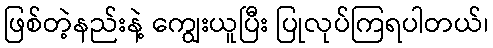
ဖြစ်တဲ့နည်းနဲ့ ကျွေးယူပြီး ပြုလုပ်ကြရပါတယ်၊